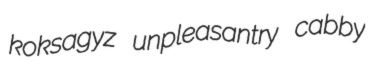
koksagyz unpleasantry cabby